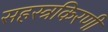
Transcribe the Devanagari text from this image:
सहस्त्रकिरणी